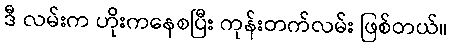
ဒီ လမ်းက ဟိုးကနေစပြီး ကုန်းတက်လမ်း ဖြစ်တယ်။